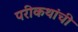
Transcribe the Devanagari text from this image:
परीकथांची